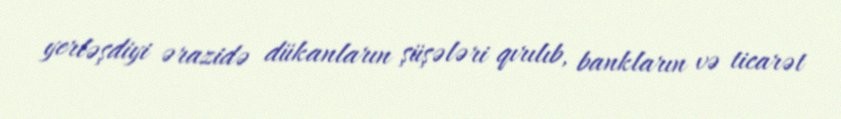
yerləşdiyi ərazidə dükanların şüşələri qırılıb, bankların və ticarət